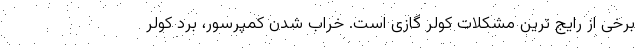
برخی از رایج ترین مشکلات کولر گازی است. خراب شدن کمپرسور، برد کولر